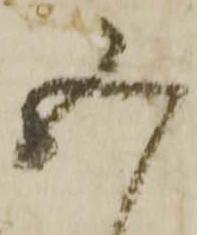
五